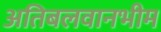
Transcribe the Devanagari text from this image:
अतिबलवानभीम